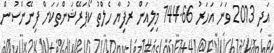
އަދި 2013 ވަނަ އަހަރު 144.66 މިލިއަން ރުފިޔާ ހެލްތު ކޯޕަރޭޝަންތަކަށް ފިނޭންސުން